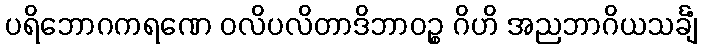
ပရိဘောဂကရဏေ ဝလိပလိတာဒိဘာဝဉ္စ ဂိဟိ အညဘာဂိယသင်္ချံ